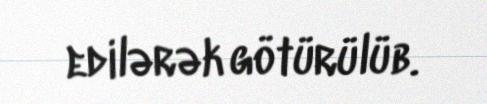
edilərək götürülüb.